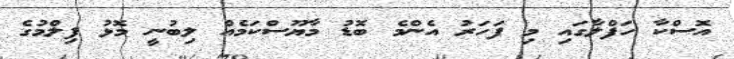
އޮސްކާ ހަފްލާގައި މި ފަހަރު އެންމެ ބޮޑު މާޔޫސްކަމެއް ލިބުނީ މޮޅު ފިލްމުގެ